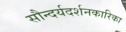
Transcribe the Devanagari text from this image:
सौन्दर्यदर्शनकारिका